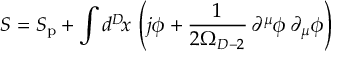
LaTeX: { S } = S _ { \mathrm { p } } + \int d ^ { D } \! x \, \left( j \phi + \frac { 1 } { 2 \Omega _ { D - 2 } } \, \partial ^ { \mu } \phi \, \partial _ { \mu } \phi \right)